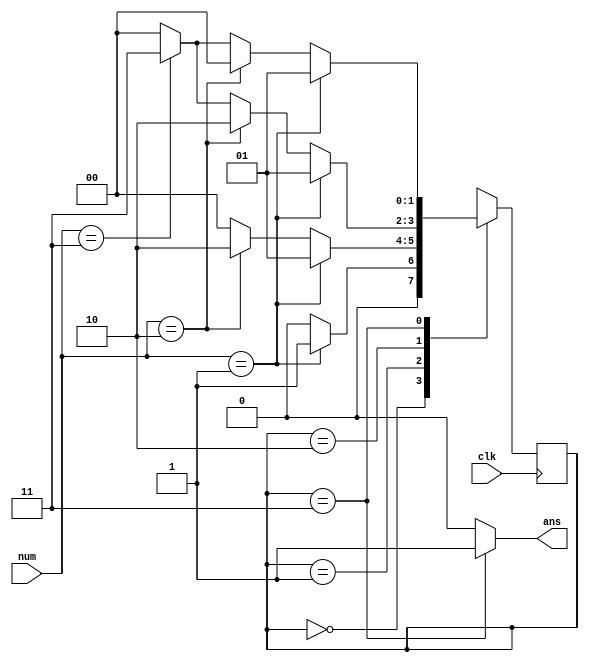
`timescale 1ns / 1ps
//////////////////////////////////////////////////////////////////////////////////
// Company: 
// Engineer: 
// 
// Design Name: 
// Module Name:    counting 
// Project Name: 
// Target Devices: 
// Tool versions: 
// Description: 
//
// Dependencies: 
//
// Revision: 
// Revision 0.01 - File Created
// Additional Comments: 
//
//////////////////////////////////////////////////////////////////////////////////
`define S0 2'b00
`define S1 2'b01
`define S2 2'b10
`define S3 2'b11
module counting(
    input [1:0] num,
    input clk,
    output ans
    );

reg [1:0] status;

initial
begin
	status <= `S0;
end

always@(posedge clk)
begin
	case(status)
	`S0 : begin
				if (num == 2'b01)
				begin
					status <= `S1;
				end
				else if (num == 2'b10)
				begin
					status <= `S0;
				end
				else if (num == 2'b11)
				begin
					status <= `S0;
				end
				else 
				begin
					status <= `S0; //0
				end
			end
	
	`S1 : begin
				if (num == 2'b01)
				begin
					status <= `S1;
				end
				else if (num == 2'b10)
				begin
					status <= `S2;
				end
				else if (num == 2'b11)
				begin
					status <= `S0;
				end
				else 
				begin
					status <= `S0; //0
				end
			end
			
	`S2 : begin
				if (num == 2'b01)
				begin
					status <= `S1;
				end
				else if (num == 2'b10)
				begin
					status <= `S2;
				end
				else if (num == 2'b11)
				begin
					status <= `S3;
				end
				else 
				begin
					status <= `S0; //0
				end
			end
			
	`S3 : begin
				if (num == 2'b01)
				begin
					status <= `S1;
				end
				else if (num == 2'b10)
				begin
					status <= `S0;
				end
				else if (num == 2'b11)
				begin
					status <= `S3;
				end
				else 
				begin
					status <= `S0; //0
				end
			end
	endcase
end

assign ans = (status == `S3) ? 1'b1 : 1'b0;
endmodule